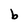
Character: b